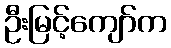
ဦးမြင့်ကျော်က